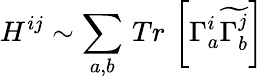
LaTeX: H^{ij}\sim\sum_{a,b}\, Tr\, \left[\Gamma_{a}^{i}\widetilde{\Gamma_{b}^{j}}\right]